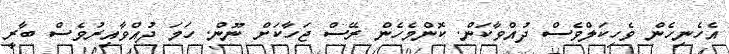
އެހެނިހެން ވެހިކަލްވެސް ދުއްވާކަން. ކޮންމެހެން ރޭސް ޖަހާކަށް ނޫން. ހަމަ ދުއްވާއިރުވެސް ބާރީ